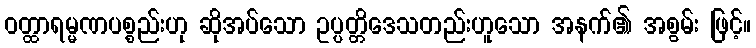
ဝတ္ထာရမ္မဏပစ္စည်းဟု ဆိုအပ်သော ဥပ္ပတ္တိဒေသတည်းဟူသော အနက်၏ အစွမ်း ဖြင့်။